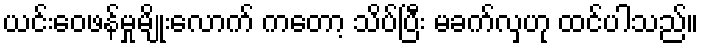
ယင်းဝေဖန်မှုမျိုးလောက် ကတော့ သိပ်ပြီး မခက်လှဟု ထင်ပါသည်။